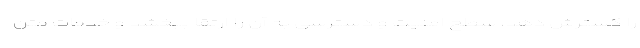
را گسترش دهد، سطح امنیت و دسترسی به آن را ارتقا ببخشد و خدمات متن